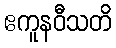
ဧကူနဝီသတိ